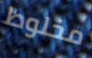
مخلوط